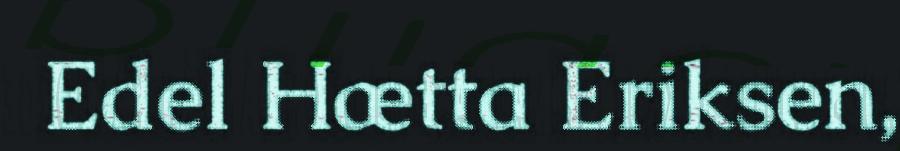
Edel Hætta Eriksen,